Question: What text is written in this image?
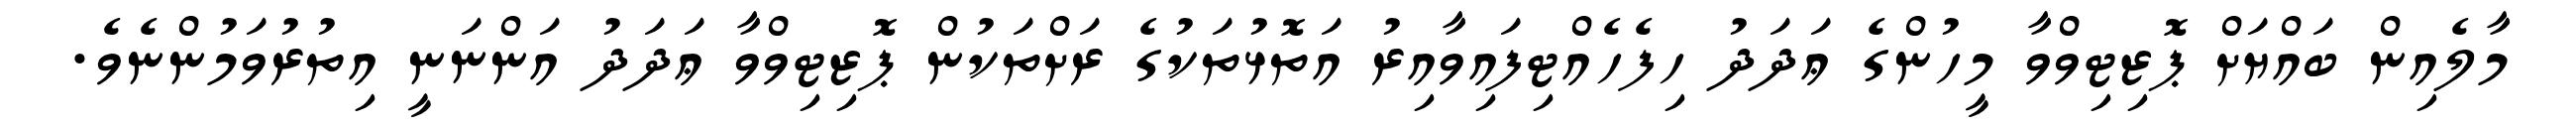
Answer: މާލެއިން ބައްޔަށް ޕޮޒިޓިވްވާ މީހުންގެ ޢަދަދު ހިފެހެއްޓިފައިވާއިރު އަތޮޅުތަކުގެ ރަށްތަކުން ޕޮޒިޓިވްވާ ޢަދަދު އަންނަނީ އިތުރުވަމުންނެވެ.